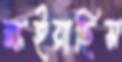
ক্ষইয়াছিস